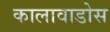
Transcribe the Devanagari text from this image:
कालावाडोस